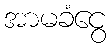
အာမခံငွေ